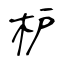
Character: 枦